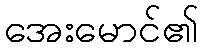
အေးမောင်၏